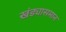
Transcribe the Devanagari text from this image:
खंड्यासमान